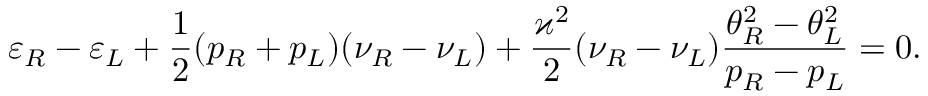
\varepsilon _ { R } - \varepsilon _ { L } + \frac { 1 } { 2 } ( p _ { R } + p _ { L } ) ( \nu _ { R } - \nu _ { L } ) + \frac { \varkappa ^ { 2 } } { 2 } ( \nu _ { R } - \nu _ { L } ) \frac { \theta _ { R } ^ { 2 } - \theta _ { L } ^ { 2 } } { p _ { R } - p _ { L } } = 0 .